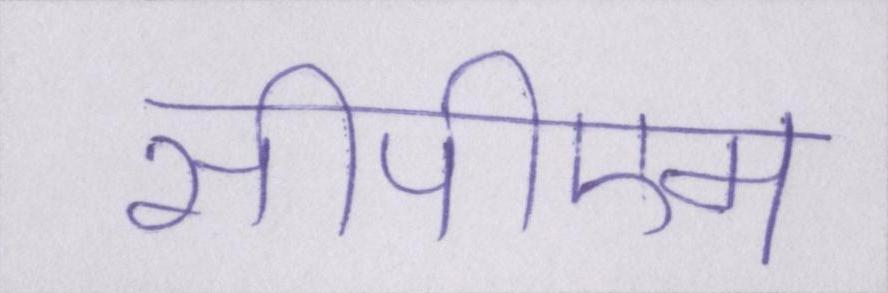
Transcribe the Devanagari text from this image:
सीपीएम